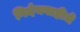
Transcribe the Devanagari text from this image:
गिर्दनवाहीचे